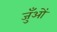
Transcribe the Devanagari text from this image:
जुँओं